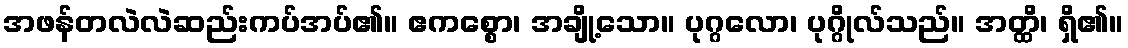
အဖန်တလဲလဲဆည်းကပ်အပ်၏။ ဧကစ္စော၊ အချို့သော။ ပုဂ္ဂလော၊ ပုဂ္ဂိုလ်သည်။ အတ္ထိ၊ ရှိ၏။